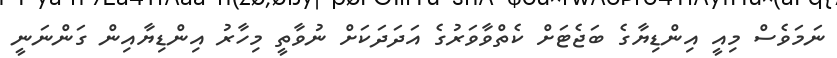
ނަމަވެސް މިއީ އިންޑިޔާގެ ބަޖެޓަށް ކެތްވާވަރުގެ އަދަދަކަށް ނުވާތީ މިހާރު އިންޑިޔާއިން ގަންނަނީ